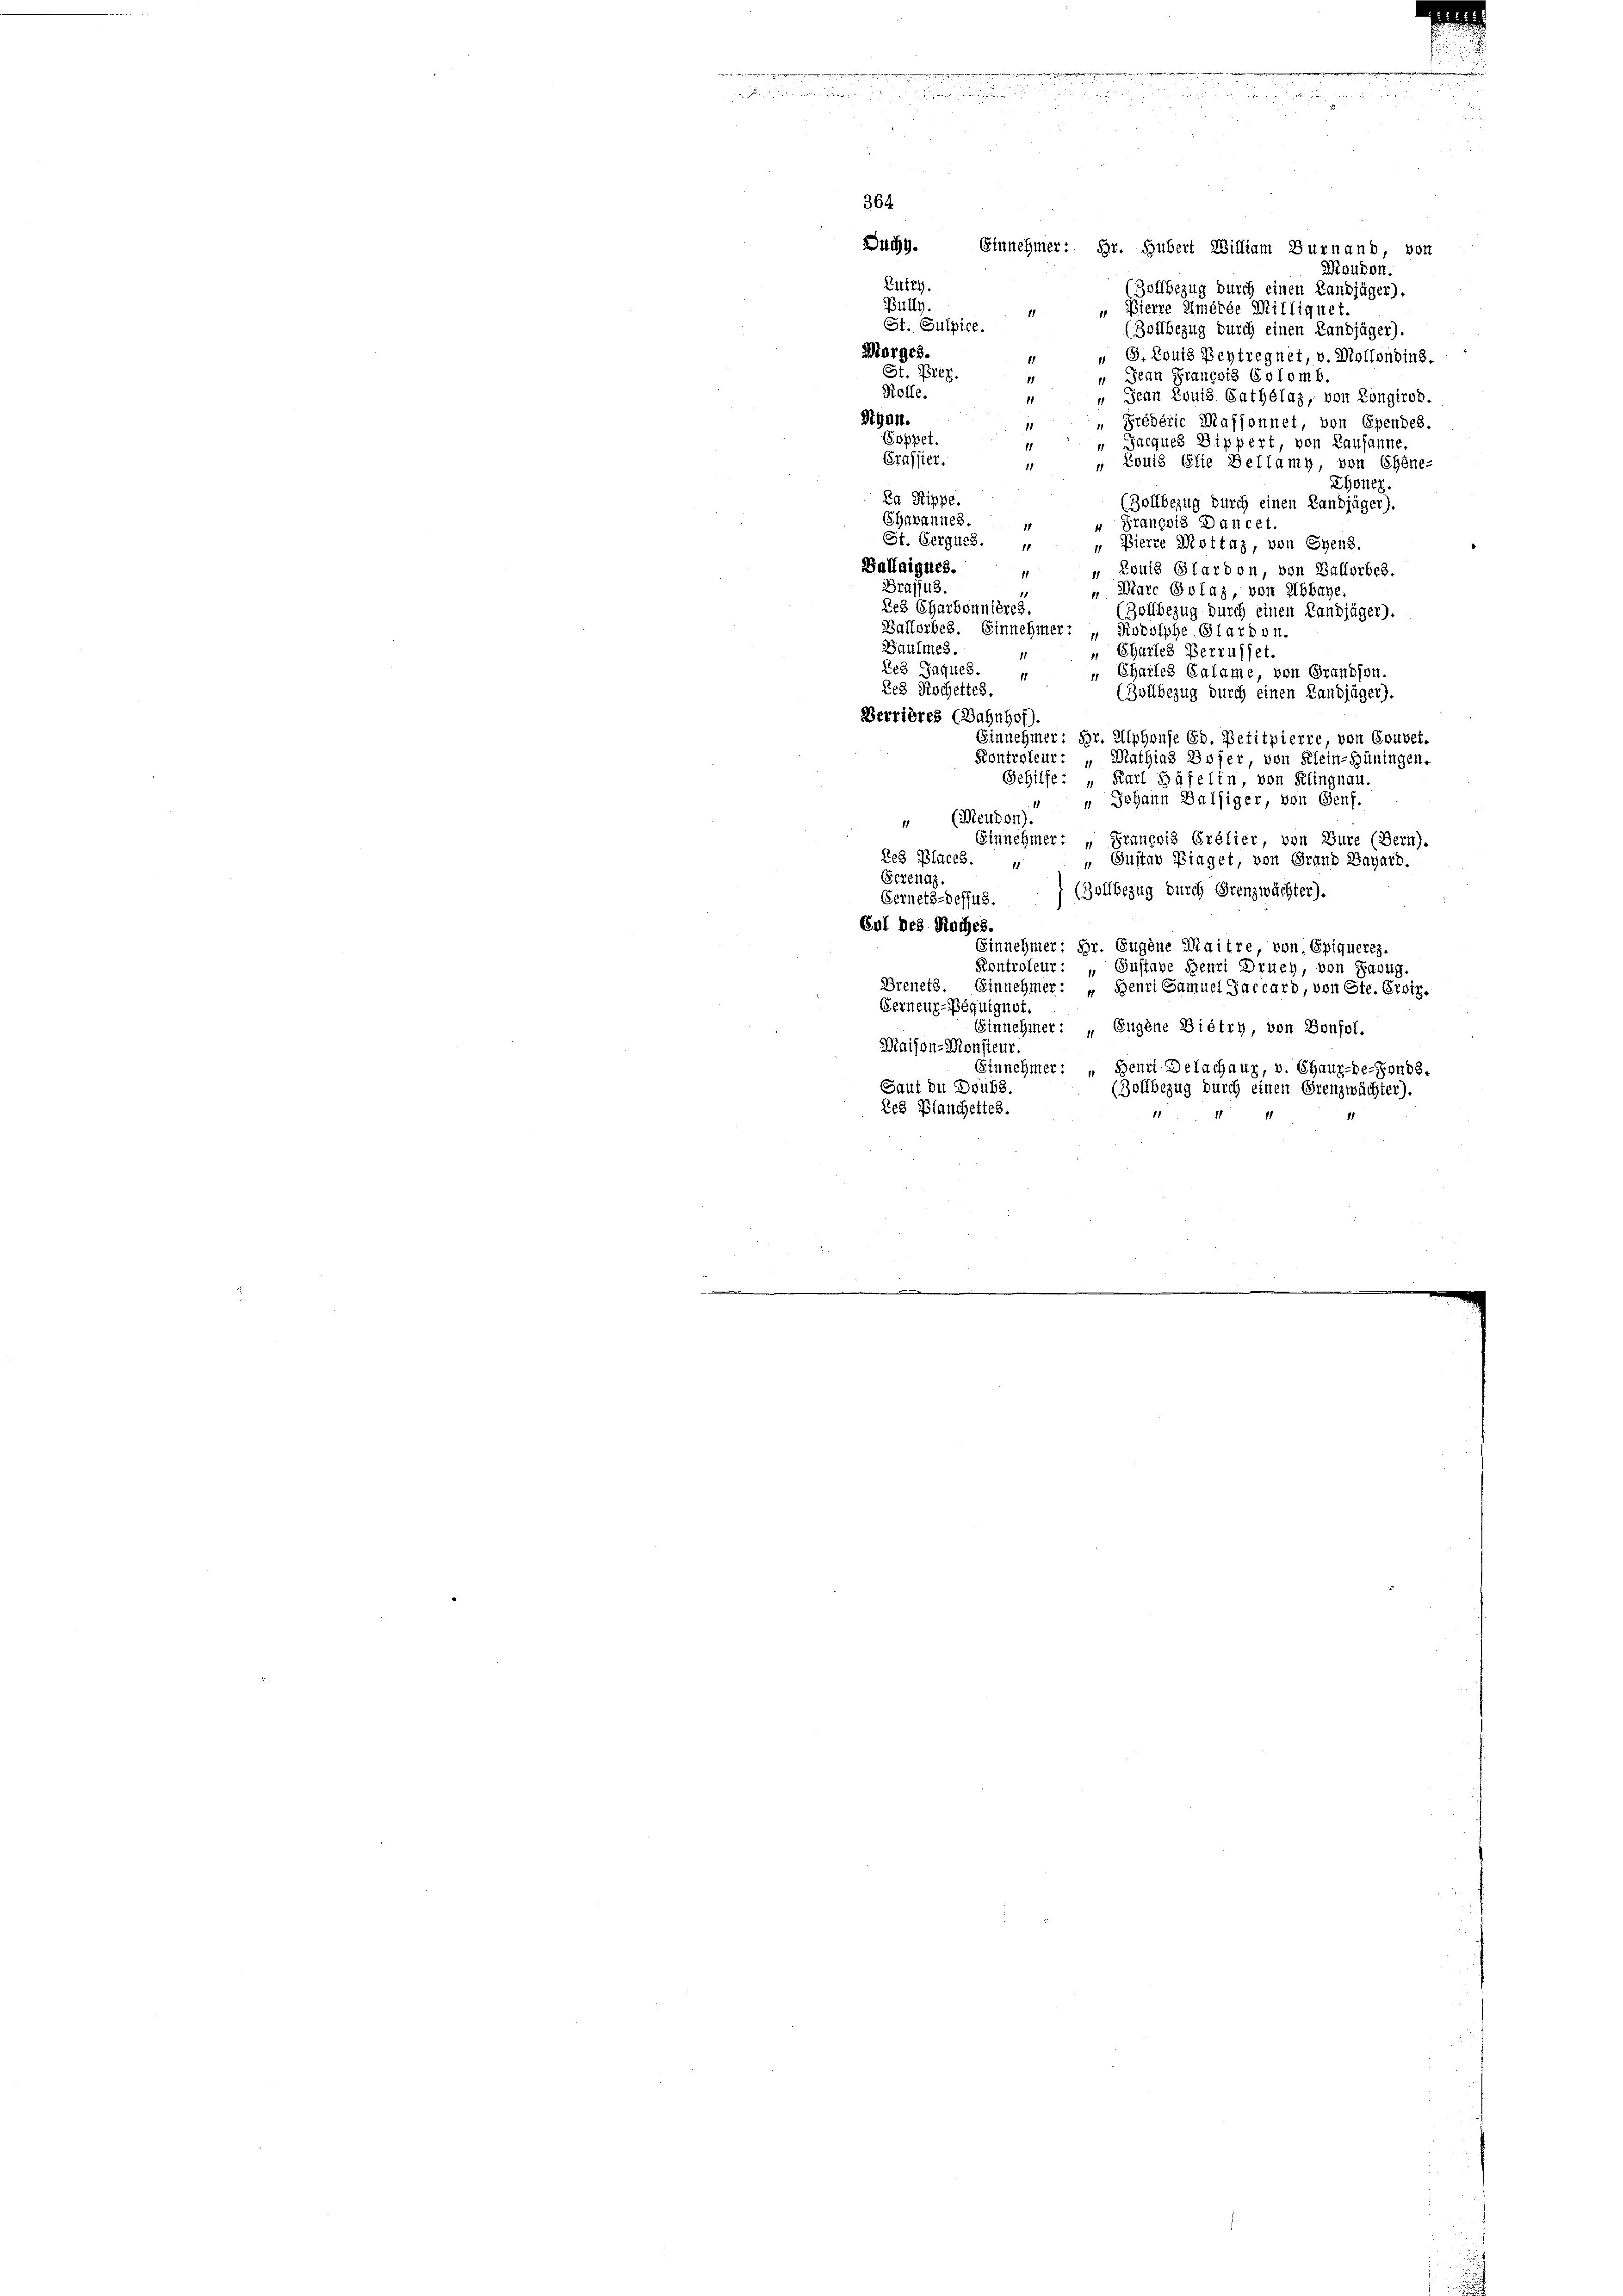
e

e
de

364.
Such. Einnehmer: Hr. Hubert William Burnaud von
Waudon.
Lutry.
(Zollbezug durch einen Landjäger).
Bully.
„ Pierre Umérée Milliquet.
11
St. Sulpice.
(Zollbezug durch einen Landjäger).
Morges.
" G. Louis Beytregnet, v. Mollondins.
St. 15267.
 Jean François Colomb.
11
Kolle.
 Jean Louis Gathélaz, von Longirod.
1
Styen.
„ Prédéric Mafsonnet, von Ependes.
1
Coppet.
" Jacques Bippert, von Lausanne.
1
Graffier.
„ Louis Elie Bellamy, von Chine-
11
Eyoner.
Da Rippe.
(Zollbezug durch einen Landjäger).
Chavannes.
François Dancet.
1
St. Gergues.
„ Pierre Mottaz, von Szens,
Ballaigues.
 Louis Pfardon, von Ballerbes.
Drajjus.
Marc Golag, von Abbaye
11
Les Charbonnières.
Zollbezug durch einen Landjäger).
Balforbes. Einnehmer: „Rodolphe. Glardon.
Gaulines.
" Chartes Berrusset.
Re3 Jaques.
" Chartes Calame, von Grandson.
Res Rochettes.
(Zollbezug durch einen Landjäger).
Berrières (Bahnhof)
Einnehmer: Hr. Alphonse Ed. Petitpierre, von Gouvet.
Kontroleur: „Mathias Hofer, von Klein-Hüningen.
Behilfe: „Karl Häfelin, von Klingnau
" " Johann Balsiger, von Genf.
 (Meudon).
Einnehmer: „Granzig Crélier von Bure (Bern).
Res Places
u. Gustav Piaget, von Grand Dayard.
18
Gcrenaz.
(Zollbezug durch Grenzwächter).
Gernets-dessus.
Sol des Roches.
Einnehmer: Hr. Eugene Maitre, von Epiqueres.
Kontroleur: „Gustave Henri Bruch, von Saug.
Brenetz. Einnehmer: „Benri Samuel Jaccard, von Ste. Erotz.
Gerneur-Péquignet.
Einnehmer: „Eugene Dietry, von Soufol.
Maison-Monsieur.
innehmer: „Benri Delachaus, v. Chaux-de-Fonds.
Saut du Doubs
(Zollbezug durch einen Grenzwächter).
Reg Blanchettes.
e